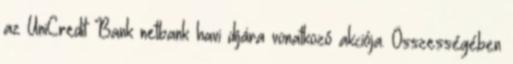
az UniCredit Bank netbank havi díjára vonatkozó akciója. Összességében